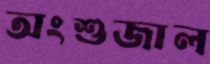
অংশুজাল